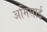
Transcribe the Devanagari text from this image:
अमिसाई